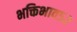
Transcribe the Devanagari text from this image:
भक्तिभाव५२